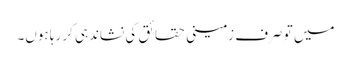
میں تو صرف زمینی حقائق کی نشاندہی کر رہا ہوں۔